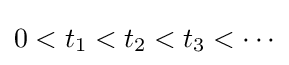
{\textstyle 0<t_{1}<t_{2}<t_{3}<\cdots }